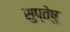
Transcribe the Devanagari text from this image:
सुप्तेषु